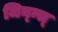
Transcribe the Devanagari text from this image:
जिन्न्स्